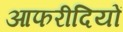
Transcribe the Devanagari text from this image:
आफरीदियों